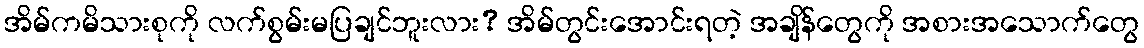
အိမ်ကမိသားစုကို လက်စွမ်းမပြချင်ဘူးလား? အိမ်တွင်းအောင်းရတဲ့ အချိန်တွေကို အစားအသောက်တွေ